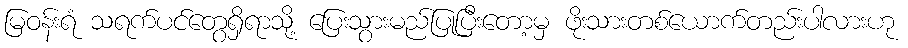
မြဝန်းရံ သရက်ပင်တွေရှိရာသို့ ပြေးသွားမည်ပြုပြီးတော့မှ ဖိုးသားတစ်ယောက်တည်းပါလားဟု